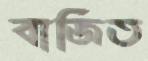
বাজিত